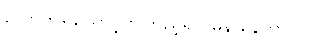
လောကရှုထောင့်ကကြည့်ရင် မှန် နေတာပါပဲ။